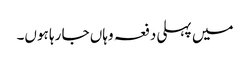
میں پہلی دفعہ وہاں جا رہا ہوں۔